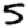
Digit: 5